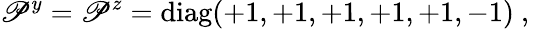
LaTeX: \mathscr{P}^{y}=\mathscr{P}^{z}=\mathrm{{diag}}(+1,+1,+1,+1,+1,-1)~,~\,